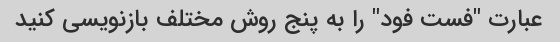
عبارت "فست فود" را به پنج روش مختلف بازنویسی کنید